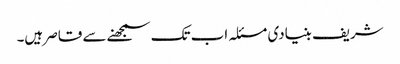
شریف بنیادی مسئلہ اب تک سمجھنے سے قاصر ہیں۔